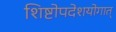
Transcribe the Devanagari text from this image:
शिष्टोपदेशयोगात्